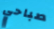
صباحي